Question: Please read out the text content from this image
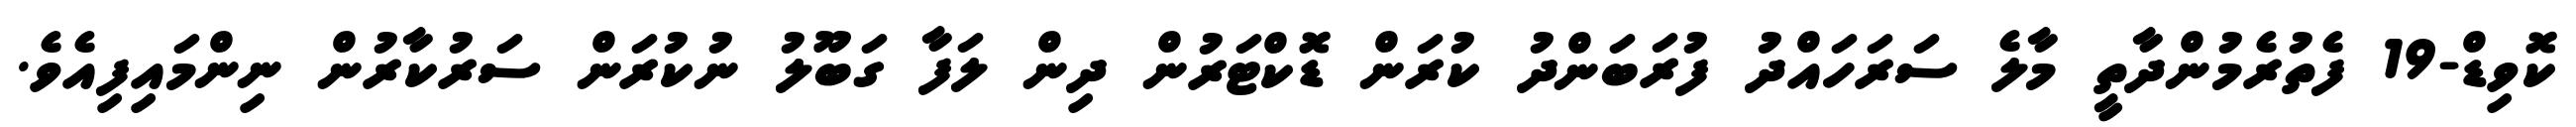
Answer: ކޮވިޑް-19 ފެތުރެމުންދާތީ މާލެ ސަރަހައްދު ފުރަބަންދު ކުރަން ޑޮކްޓަރުން ދިން ލަފާ ގަބޫލު ނުކުރަން ސަރުކާރުން ނިންމައިފިއެވެ.